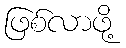
ဖြစ်လာဖို့